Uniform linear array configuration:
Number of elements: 64
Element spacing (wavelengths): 0.5
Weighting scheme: uniform
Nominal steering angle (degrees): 45
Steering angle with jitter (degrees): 43.843
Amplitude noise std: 0.05
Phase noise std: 0.05

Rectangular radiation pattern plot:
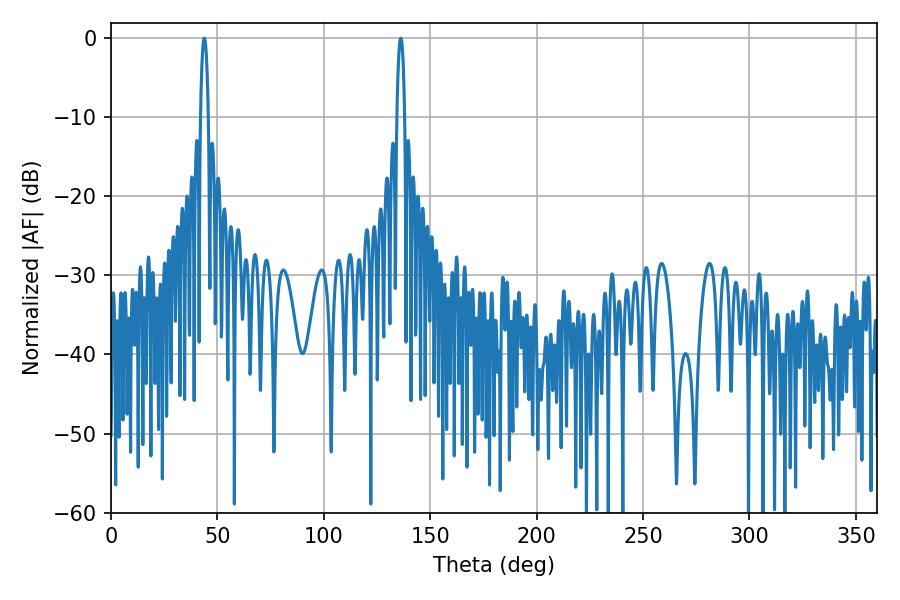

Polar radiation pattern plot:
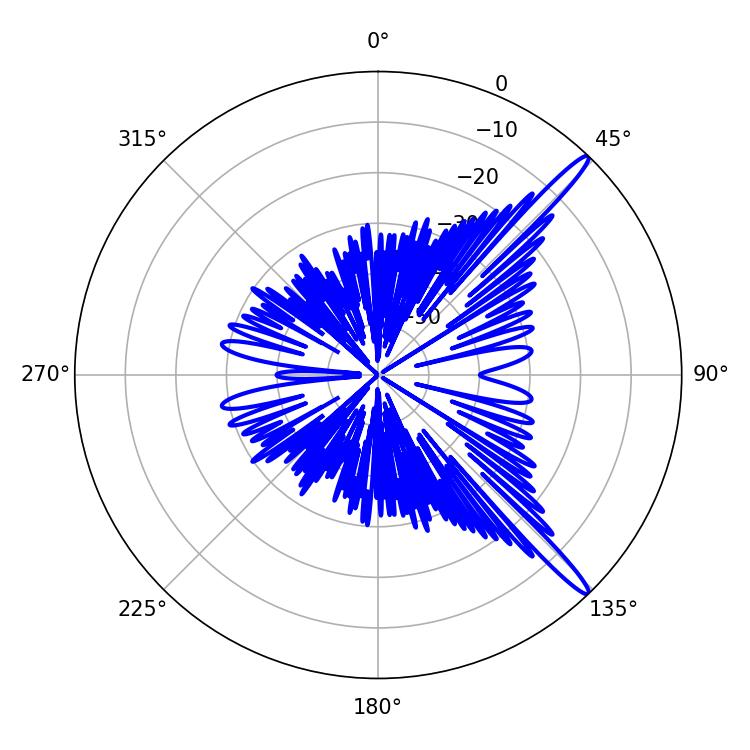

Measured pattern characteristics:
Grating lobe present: FALSE
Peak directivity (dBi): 15.257
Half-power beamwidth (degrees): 1.98
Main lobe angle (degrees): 136.08